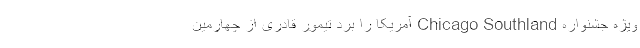
ویژه جشنواره Chicago Southland آمریکا را برد تیمور قادری از چهارمین